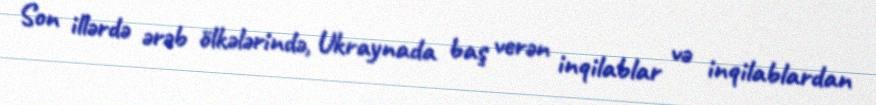
Son illərdə ərəb ölkələrində, Ukraynada baş verən inqilablar və inqilablardan